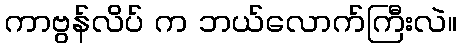
ကာဗွန်လိပ် က ဘယ်လောက်ကြီးလဲ။